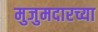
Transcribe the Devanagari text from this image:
मुजुमदारच्या